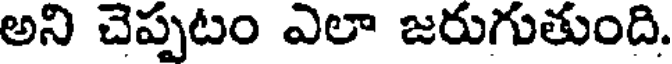
అని చెప్పటం ఎలా జరుగుతుంది.